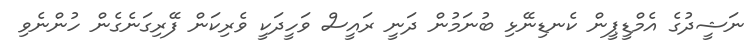
ނަޝީދުގެ އެމްޑީޕީން ކެނޑިނޭޅި ބުނަމުން ދަނީ ރައީސް ވަހީދަކީ ވެރިކަން ފޭރިގަނެގެން ހުންނެވި